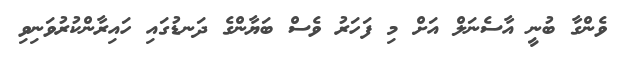
ވެންގާ ބުނީ އާސެނަލް އަށް މި ފަހަރު ވެސް ބަޔާންގެ ދަނޑުގައި ހައިރާންކުރުވަނިވި